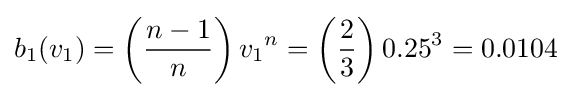
b_{1}(v_{1})=\left({\frac {n-1}{n}}\right){v_{1}}^{n}=\left({\frac {2}{3}}\right){0.25}^{3}=0.0104